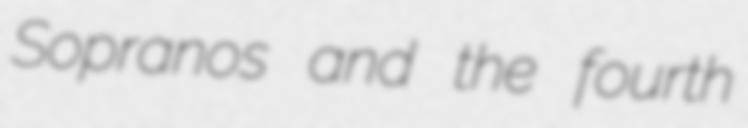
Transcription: Sopranos and the fourth